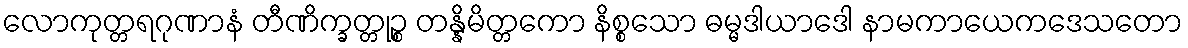
လောကုတ္တရဂုဏာနံ တီဏိက္ခတ္တုဉ္စ တန္နိမိတ္တကော နိစ္စသော ဓမ္မဒါယာဒေါ နာမကာယေကဒေသတော